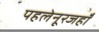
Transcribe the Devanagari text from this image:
पहलेनूरजहाँ